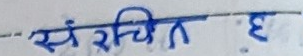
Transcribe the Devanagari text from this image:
संरचितः हे